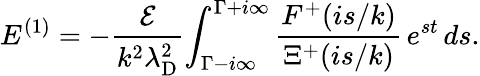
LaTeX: E^{(1)}=-\frac{\mathcal{E}}{k^{2}\lambda_{\mathrm{D}}^{2}}\! \int_{\Gamma-i\infty}^{\Gamma+i\infty}\frac{F^{+}(is/k)}{\Xi^{+}(is/k)}\, e^{st}\, ds.